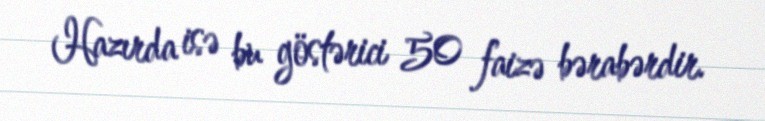
Hazırda isə bu göstərici 50 faizə bərabərdir.